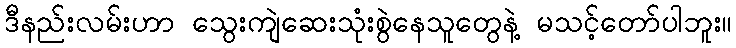
ဒီနည်းလမ်းဟာ သွေးကျဲဆေးသုံးစွဲနေသူတွေနဲ့ မသင့်တော်ပါဘူး။